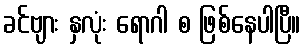
ခင်ဗျား နှလုံး ရောဂါ စ ဖြစ်နေပါပြီ။